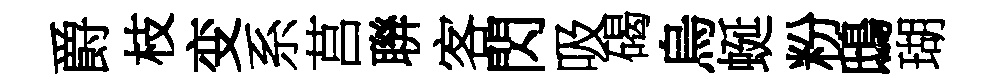
爵枝变系莒聨客閃吸碣烏蜒粉鴟瑚